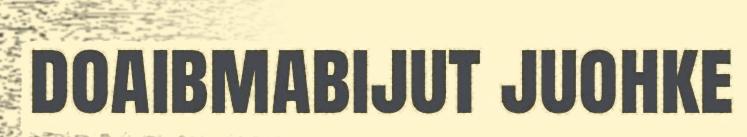
doaibmabijut juohke